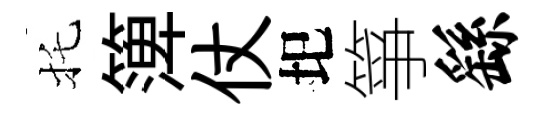
托𥱼仗圯箏繇